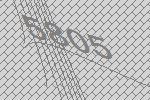
5805